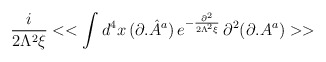
\begin{align*}\frac{i}{2\Lambda ^{2}\xi }<<\int d^{4}x\, (\partial .{\hat{A}}^{a})\, e^{-\frac{\partial ^{2}}{2\Lambda ^{2}\xi }}\, \partial ^{2}(\partial .A^{a})>>\end{align*}